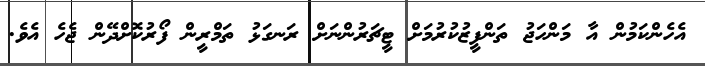
އެހެންކަމުން އާ މަންހަޖު ތަންފީޒުކުރުމަށް ޓީޗަރުންނަށް ރަނގަޅު ތަމްރީން ފޯރުކޮށްދޭން ޖެހެ އެވެ.